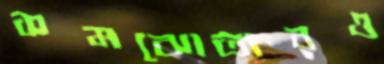
সমঝোতারও